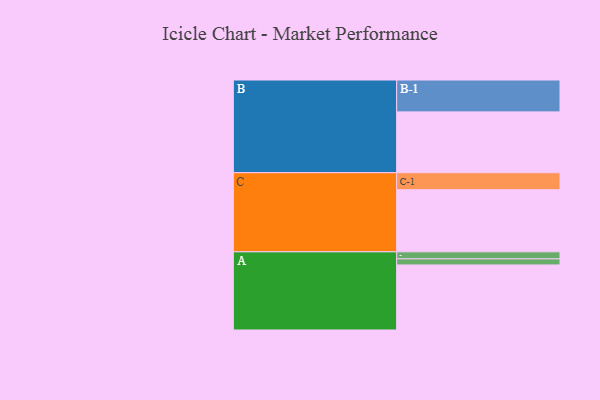
{"axis": {"x": "Segment", "y": "Value"}, "legend": ["", "A", "B", "C"], "data": [{"x": "A", "y": 555, "type": ""}, {"x": "B", "y": 519, "type": ""}, {"x": "C", "y": 530, "type": ""}, {"x": "A-1", "y": 60, "type": "A"}, {"x": "A-2", "y": 52, "type": "A"}, {"x": "B-1", "y": 272, "type": "B"}, {"x": "C-1", "y": 145, "type": "C"}]}